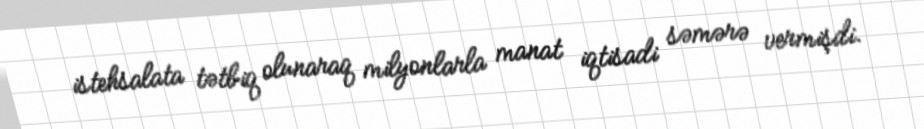
istehsalata tətbiq olunaraq milyonlarla manat iqtisadi səmərə vermişdi.